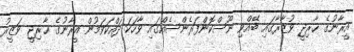
އީރާނުގެ ޚާރިޖީ ވުޒާރާގައި ބޭއްވި ނޫސްކޮންފަރެންސެއްގައި ވާހަކަ ދައްކަވަމުން އީރާނުގެ ޚާރިޖީ ވަޒީރު